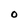
Character: O